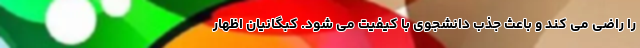
را راضی می کند و باعث جذب دانشجوی با کیفیت می شود. کبگانیان اظهار